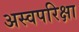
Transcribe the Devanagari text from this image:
अस्वपरिक्षा